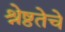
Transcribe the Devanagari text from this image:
श्रेष्ठतेचे